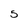
Character: 5